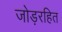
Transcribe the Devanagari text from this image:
जोड़रहित